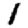
Digit: 1